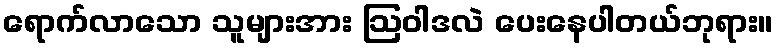
ရောက်လာသော သူများအား ဩဝါဒလဲ ပေးနေပါတယ်ဘုရား။